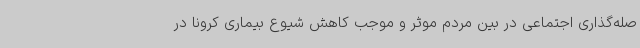
صله‌گذاری اجتماعی در بین مردم موثر و موجب کاهش شیوع بیماری کرونا در